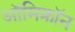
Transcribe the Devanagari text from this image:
ऑमिक्रॉन